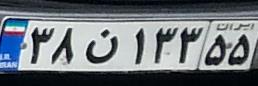
۳۸ن۱۳۳۵۵